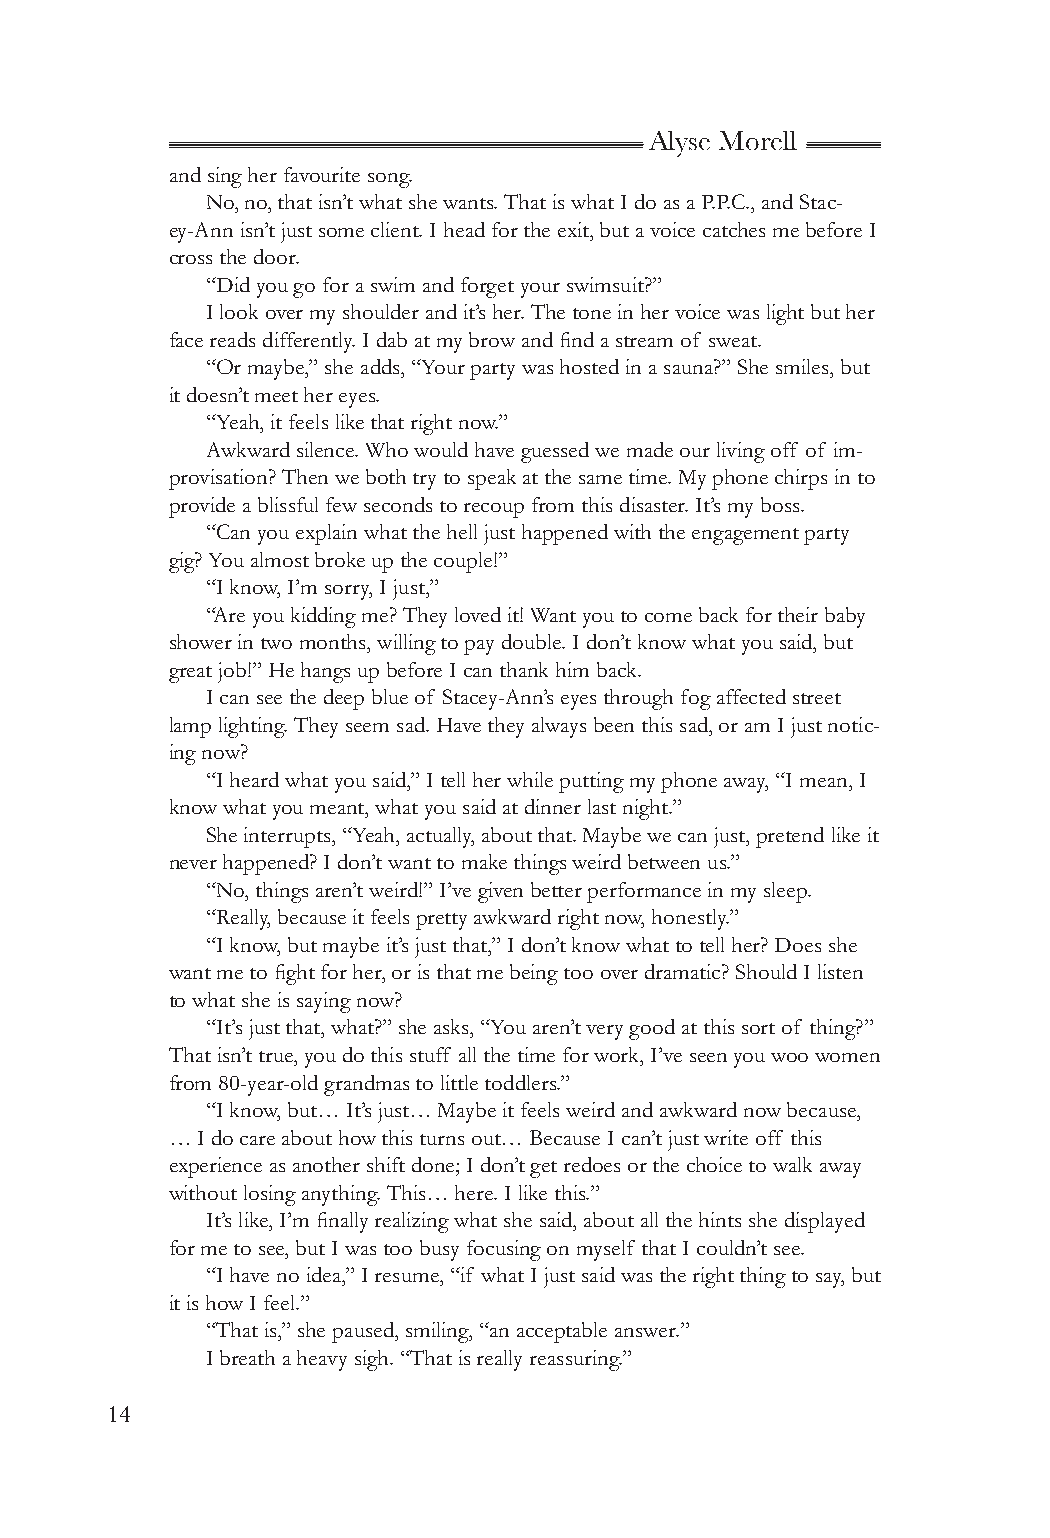
Alyse Morell
 and sing her favourite song.
 No, no, that isn’t what she wants. That is what I do as a P.P.C., and Stac-
 ey-Ann isn’t just some client. I head for the exit, but a voice catches me before I
 cross the door.
 “Did you go for a swim and forget your swimsuit?”
 I look over my shoulder and it’s her. The tone in her voice was light but her
 face reads differently. I dab at my brow and find a stream of sweat.
 “Or maybe,” she adds, “Your party was hosted in a sauna?” She smiles, but
 it doesn’t meet her eyes.
 “Yeah, it feels like that right now.”
 Awkward silence. Who would have guessed we made our living off of im-
 provisation? Then we both try to speak at the same time. My phone chirps in to
 provide a blissful few seconds to recoup from this disaster. It’s my boss.
 “Can you explain what the hell just happened with the engagement party
 gig? You almost broke up the couple!”
 “I know, I’m sorry, I just,”
 “Are you kidding me? They loved it! Want you to come back for their baby
 shower in two months, willing to pay double. I don’t know what you said, but
 great job!” He hangs up before I can thank him back.
 I can see the deep blue of Stacey-Ann’s eyes through fog affected street
 lamp lighting. They seem sad. Have they always been this sad, or am I just notic-
 ing now?
 “I heard what you said,” I tell her while putting my phone away, “I mean, I
 know what you meant, what you said at dinner last night.”
 She interrupts, “Yeah, actually, about that. Maybe we can just, pretend like it
 never happened? I don’t want to make things weird between us.”
 “No, things aren’t weird!” I’ve given better performance in my sleep.
 “Really, because it feels pretty awkward right now, honestly.”
 “I know, but maybe it’s just that,” I don’t know what to tell her? Does she
 want me to fight for her, or is that me being too over dramatic? Should I listen
 to what she is saying now?
 “It’s just that, what?” she asks, “You aren’t very good at this sort of thing?”
 That isn’t true, you do this stuff all the time for work, I’ve seen you woo women
 from 80-year-old grandmas to little toddlers.”
 “I know, but… It’s just… Maybe it feels weird and awkward now because,
 … I do care about how this turns out… Because I can’t just write off this
 experience as another shift done; I don’t get redoes or the choice to walk away
 without losing anything. This… here. I like this.”
 It’s like, I’m finally realizing what she said, about all the hints she displayed
 for me to see, but I was too busy focusing on myself that I couldn’t see.
 “I have no idea,” I resume, “if what I just said was the right thing to say, but
 it is how I feel.”
 “That is,” she paused, smiling, “an acceptable answer.”
 I breath a heavy sigh. “That is really reassuring.”
 14